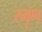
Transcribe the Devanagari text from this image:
स्मृण